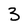
Character: 3